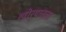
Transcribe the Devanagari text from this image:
खोर्‍यातला